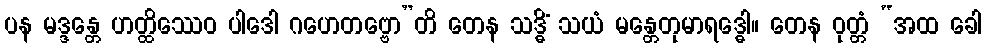
ပန မဒ္ဒန္တေ ဟတ္ထိဿေဝ ပါဒေါ ဂဟေတဗ္ဗော”တိ တေန သဒ္ဓိံ သယံ မန္တေတုမာရဒ္ဓေါ။ တေန ဝုတ္တံ “အထ ခေါ